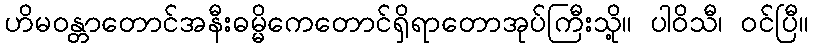
ဟိမဝန္တာတောင်အနီးဓမ္မိကေတောင်ရှိရာတောအုပ်ကြီးသို့။ ပါဝိသီ၊ ဝင်ပြီ။